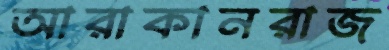
আরাকানরাজ